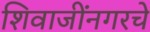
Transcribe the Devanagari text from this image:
शिवाजींनगरचे